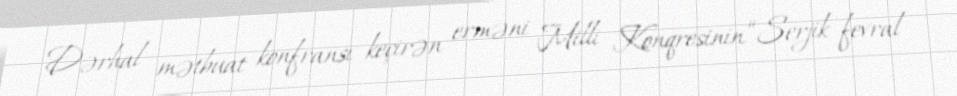
Dərhal mətbuat konfransı keçirən erməni Milli Konqresinin “Serjik fevral